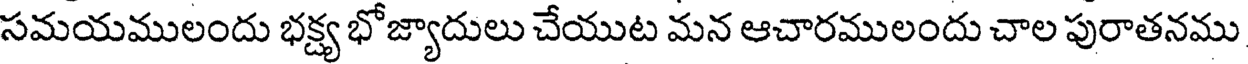
సమయములందు భక్ష్య భోజ్యాదులు చేయుట మన ఆచారములందు చాల పురాతనము